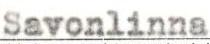
Savonlinna